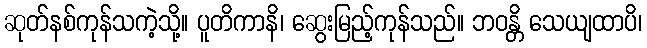
ဆုတ်နစ်ကုန်သကဲ့သို့။ ပူတိကာနိ၊ ဆွေးမြည့်ကုန်သည်။ ဘဝန္တိ သေယျထာပိ၊